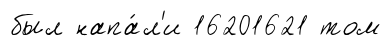
был напа́л'и 16201621 том